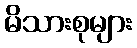
မိသားစုများ